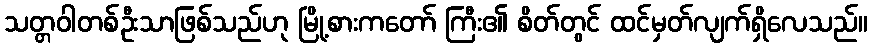
သတ္တဝါတစ်ဦးသာဖြစ်သည်ဟု မြို့စားကတော် ကြီး၏ စိတ်တွင် ထင်မှတ်လျက်ရှိလေသည်။